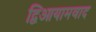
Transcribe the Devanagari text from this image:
द्विआयामवाद